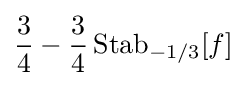
{\frac {3}{4}}-{\frac {3}{4}}\operatorname {Stab} _{-1/3}[f]